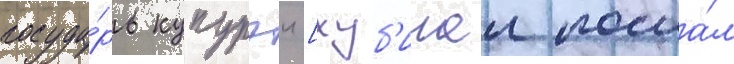
госуда́рь купурэи [хуб'илаи посла́л